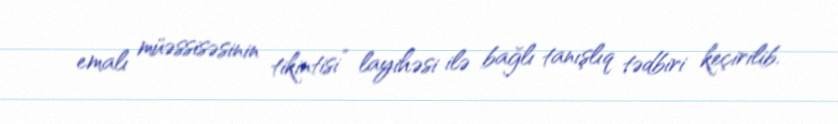
emalı müəssisəsinin tikintisi” layihəsi ilə bağlı tanışlıq tədbiri keçirilib.